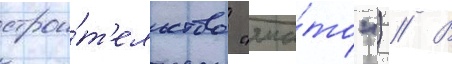
строи́т'ельство "яма́то") // В